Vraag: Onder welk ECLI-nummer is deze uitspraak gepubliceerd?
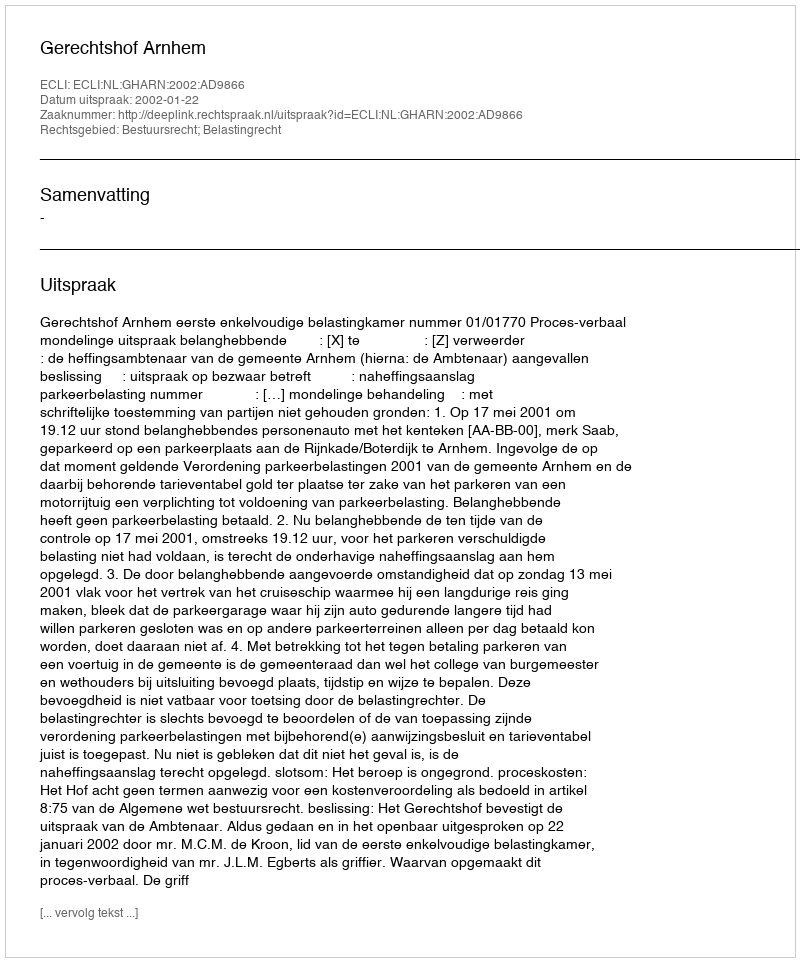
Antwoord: ECLI:NL:GHARN:2002:AD9866